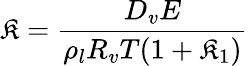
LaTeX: \mathfrak{K}=\frac{{D_{v}E}}{{\rho_{l}R_{v}T(1+\mathfrak{K}_{1})}}